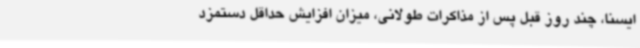
ایسنا، چند روز قبل پس از مذاکرات طولانی، میزان افزایش حداقل دستمزد